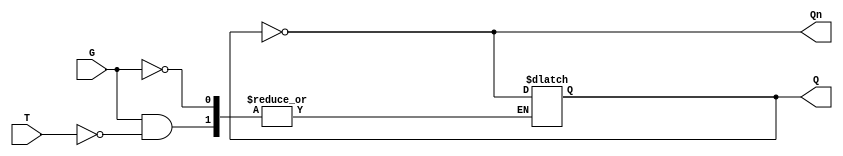
module Gated_T_Latch (
    input wire T,     // Toggle input
    input wire G,     // Gate signal
    output reg Q,     // Output
    output wire Qn    // Complement output
);

// Complement output
assign Qn = ~Q;

// Always block to model the behavior of the Gated T Latch
always @(*) begin
    if (G == 1) begin
        if (T == 1) begin
            Q <= ~Q;  // Toggle the output Q
        end
        // If T is 0, Q remains unchanged
    end
    // If G is 0, Q remains unchanged
end

endmodule